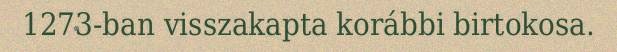
1273-ban visszakapta korábbi birtokosa.